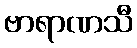
ဗာရာဏသီ